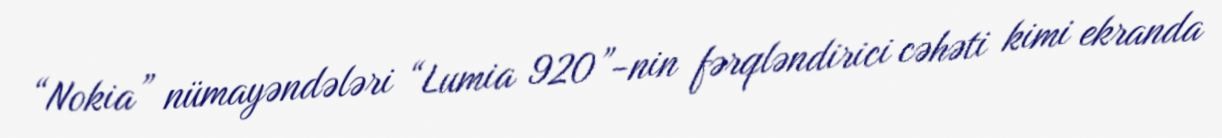
“Nokia” nümayəndələri “Lumia 920”-nin fərqləndirici cəhəti kimi ekranda